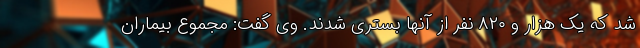
شد که یک هزار و ۸۲۰ نفر از آنها بستری شدند. وی گفت: مجموع بیماران